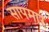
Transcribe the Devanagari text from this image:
सापमार